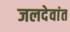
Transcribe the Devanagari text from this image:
जलदेवांत